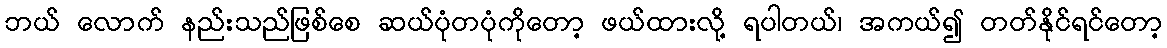
ဘယ် လောက် နည်းသည်ဖြစ်စေ ဆယ်ပုံတပုံကိုတော့ ဖယ်ထားလို့ ရပါတယ်၊ အကယ်၍ တတ်နိုင်ရင်တော့